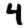
Digit: 4